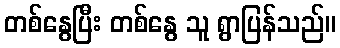
တစ်နွေပြီး တစ်နွေ သူ ရွာပြန်သည်။